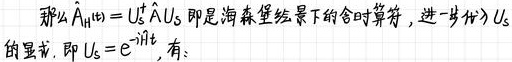
那么 $A_{H(t)} = U_5^{\dagger} \hat{A} U_5$ 即是海森堡绘景下的含时算符，进一步代入 $U_5$ 的显式，即 $U_5 = e^{-iH_0 t}$，有：